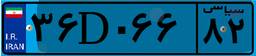
۷۳D۲۱۲۶۵